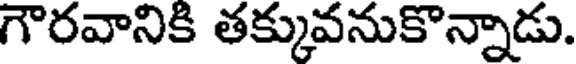
గౌరవానికి తక్కువనుకొన్నాడు.